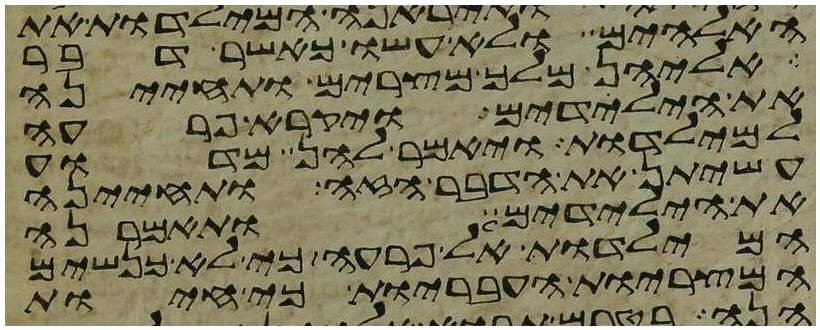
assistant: האלהים ולא עשו כאשר דבר
אליהן מלך מצרים ותחינה
את הילדים ויקרא פרעה
למילדות ויאמר להן מדוע
עשיתן את הדבר הזה ותחינה
את הילדים ותאמרנה
המילדות אל פרעה כי לא כנשים
המצריות העבריות כי חיות